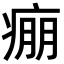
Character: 痭